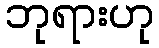
ဘုရားဟု